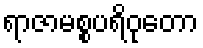
ရာဇာမစ္စပရိဝုတော